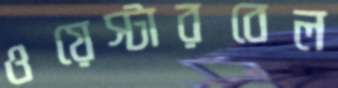
ওয়েস্টারবেল